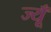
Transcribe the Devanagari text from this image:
ज्यूँ